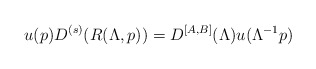
\begin{align*}u(p)D^{(s)}(R(\Lambda ,p))=D^{[A,B]}(\Lambda )u(\Lambda ^{-1}p) \end{align*}